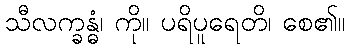
သီလက္ခန္ဓံ၊ ကို။ ပရိပူရေတိ၊ စေ၏။